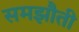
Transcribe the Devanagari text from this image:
समझौती